Code of medical and sanitary regulations for the guidance of medical officers serving in the Madras Presidency - Volume II
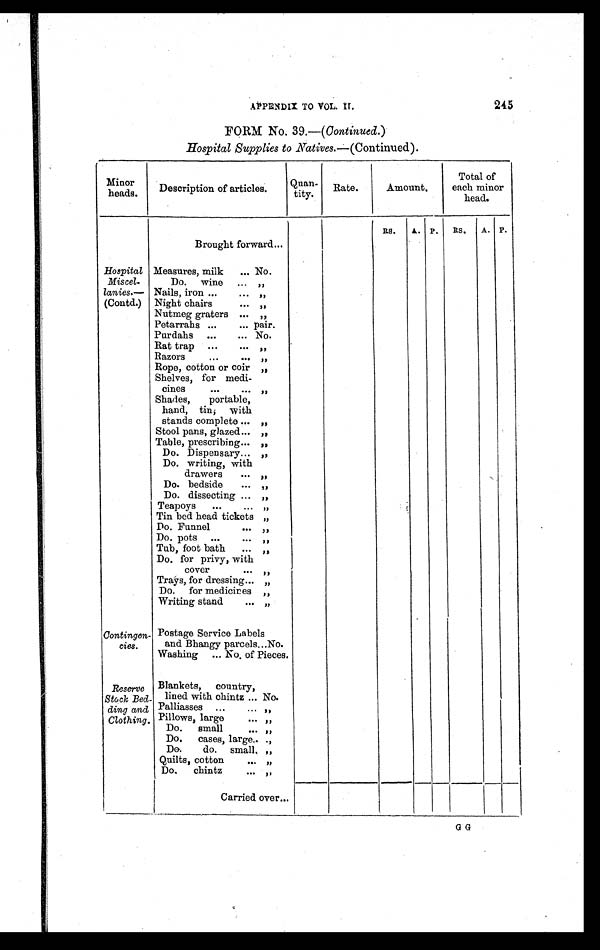
245
APPENDIX TO VOL. II.
FORM No. 39.—( Continued.)
Hospital Supplies to Natives. —(Continued).
Minor heads.
Description of articles.
Quan- tity.
Rate.
Amount.
Total of
each minor
head.
R S . A. P. Rs. A. P.
Brought forward ...
Hospital
Miscel
lanies.—
(Contd.)
Measures, milk
... No.
Do. wine ... „
Nails, iron ...
. . . „
Night chairs
. . . „
Nutmeg graters ... „
Petarrahs ...
... pair.
Purdahs ...
... No.
Rat trap ...
... „
Razors
...
...
„
Rope, cotton or coir „
Shelves, for medi-
cines
...
. . . „
Shades, portable,
hand, tin, with
stands complete ... „
Stool pans, glazed ... „
Table, prescribing ... „
Do. Dispensary ... „
Do. writing, with
drawers
... „
Do. bedside
... „
Do. dissecting ... „
Teapoys
...
. . . „
Tin bed head tickets „
Do. Funnel
. . . „
Do. pots ...
. . . „
Tub, foot bath
... „
Do. for privy, with
cover
. . . „
Trays, for dressing ... „
Do. for medicines „
Writing stand
. . . „
Contingen-
cies.
Postage Service Labels
and Bhangy parcels ...No.
Washing ... No. of Pieces.
Reserve
Stock Bed-
ding and
Clothing.
Blankets, country,
lined with chintz ... No.
Palliasses ...
... „
Pillows, large
. . .
„
Do. small
. . .
„
Do. cases, large.. „
Do. do. small. „
Quilts, cotton
. . .
„
Do. chintz
. . . „
Carried over ...
G G